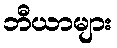
ဘီယာများ